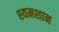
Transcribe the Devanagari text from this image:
श्यमशान